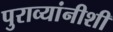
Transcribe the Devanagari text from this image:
पुराव्यांनीशी